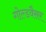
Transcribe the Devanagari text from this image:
गोल्डवैसर